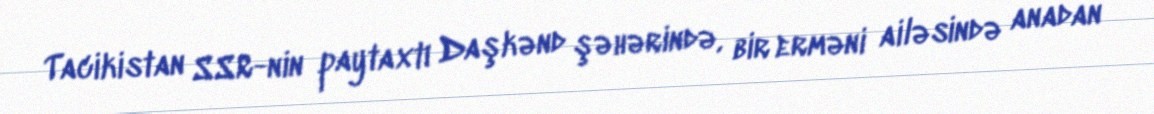
Tacikistan SSR-nin paytaxtı Daşkənd şəhərində, bir erməni ailəsində anadan